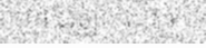
ហ្វា ជូឡា លោក )